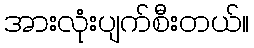
အားလုံးပျက်စီးတယ်။